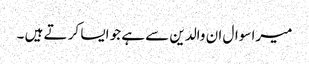
میرا سوال ان والدین سے ہے جو ایسا کر تے ہیں ۔